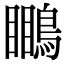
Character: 𪄊